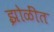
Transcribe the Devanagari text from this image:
झोळींत